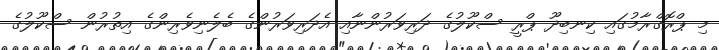
މި ޕްރޮގްރާމުގައި ކިނބިދޫ ޕްރީ ސްކޫލުގެ ދަރިވަރުންނާއި އެދަރިވަރުންގެ ބެލެނިވެރިންގެ އިތުރުން ސްކޫލުގެ